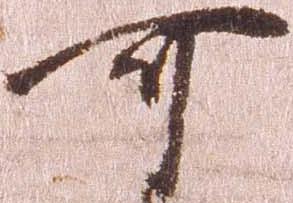
可